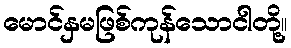
မောင်နှမဖြစ်ကုန်သောငါတို့။